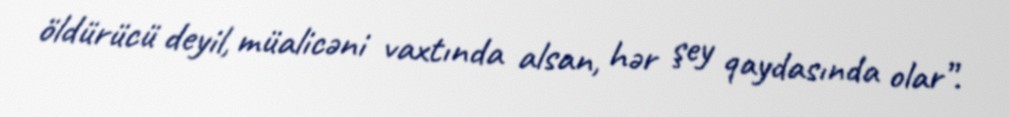
öldürücü deyil, müalicəni vaxtında alsan, hər şey qaydasında olar”.